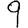
Digit: 9